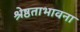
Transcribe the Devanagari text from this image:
श्रेष्ठताभावना